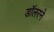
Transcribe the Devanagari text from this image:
डॉलरने